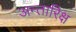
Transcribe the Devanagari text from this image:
अन्तारिक्ष